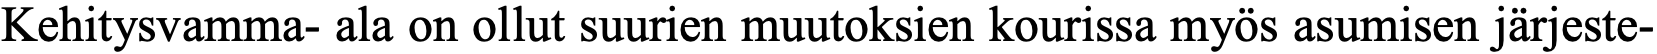
Kehitysvamma- ala on ollut suurien muutoksien kourissa myös asumisen järjeste-